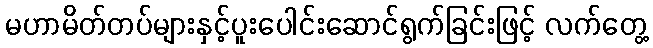
မဟာမိတ်တပ်များနှင့်ပူးပေါင်းဆောင်ရွက်ခြင်းဖြင့် လက်တွေ့